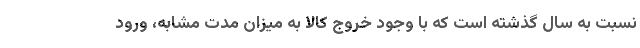
نسبت به سال گذشته است که با وجود خروج کالا به میزان مدت مشابه، ورود